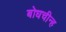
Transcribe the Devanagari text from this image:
बोधचीन्ह